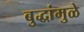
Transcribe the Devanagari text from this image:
बुद्धांमुळे